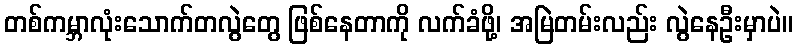
တစ်ကမ္ဘာလုံးသောက်တလွဲတွေ ဖြစ်နေတာကို လက်ခံဖို့၊ အမြဲတမ်းလည်း လွဲနေဦးမှာပဲ။